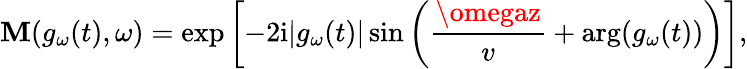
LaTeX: \mathbf{M}(g_{\omega}(t),\omega)=\exp\left[-2\mathrm{{i}}|g_{\omega}(t)|\sin\left(\frac{{\omegaz}}{{v}}+\mathrm{{arg}}(g_{\omega}(t))\right)\right],